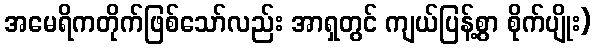
အမေရိကတိုက်ဖြစ်သော်လည်း အာရှတွင် ကျယ်ပြန့်စွာ စိုက်ပျိုး)